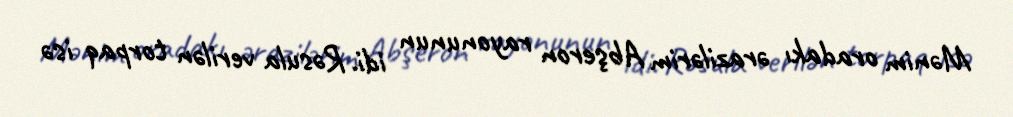
Mənim oradakı ərazilərim Abşeron rayonunun idi. Rəsula verilən torpaq isə